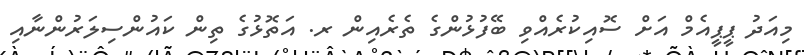
މިއަދު ޕީޕީއެމް އަށް ސޮއިކުރެއްވި ބޭފުޅުންގެ ތެރެއިން ރ. އަތޮޅުގެ ތިން ކައުންސިލަރުންނާއި